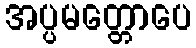
အပ္ပမတ္တောပေ